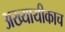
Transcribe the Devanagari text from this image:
अख्यायीकाच